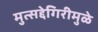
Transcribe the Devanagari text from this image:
मुत्सद्देगिरीमुळे